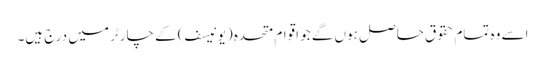
اسے وہ تمام حقوق حاصل ہوں گے جو اقوام متحدہ (یونیسف) کے چارٹر میں درج ہیں۔